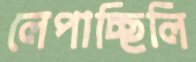
লেপাচ্ছিলি